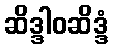
ဆိဒ္ဒါဝဆိဒ္ဒံ